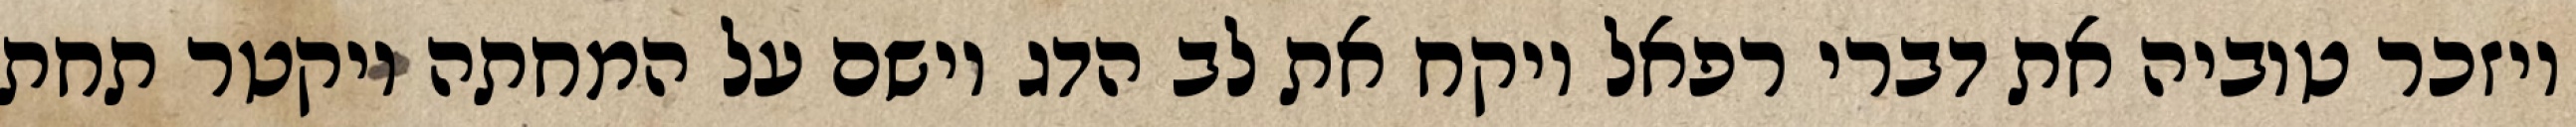
ויזכר טוביה את דברי רפאל ויקח את לב הדג וישם על המחתה ויקטר תחת